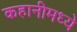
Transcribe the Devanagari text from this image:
कहानीमध्ये